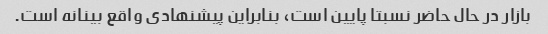
بازار در حال حاضر نسبتا پایین است، بنابراین پیشنهادی واقع بینانه است.